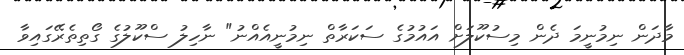
މާދަން ނިމުނީމަ ދެން މިސުކޫލަށް އައުމުގެ ސަކަރާތް ނިމުނީއެއްނު" ނާހިލު ސްކޫލުގެ ގޯތިތެރޭގައިވާ